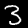
Digit: 3